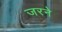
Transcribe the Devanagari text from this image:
जरने